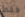
فقط